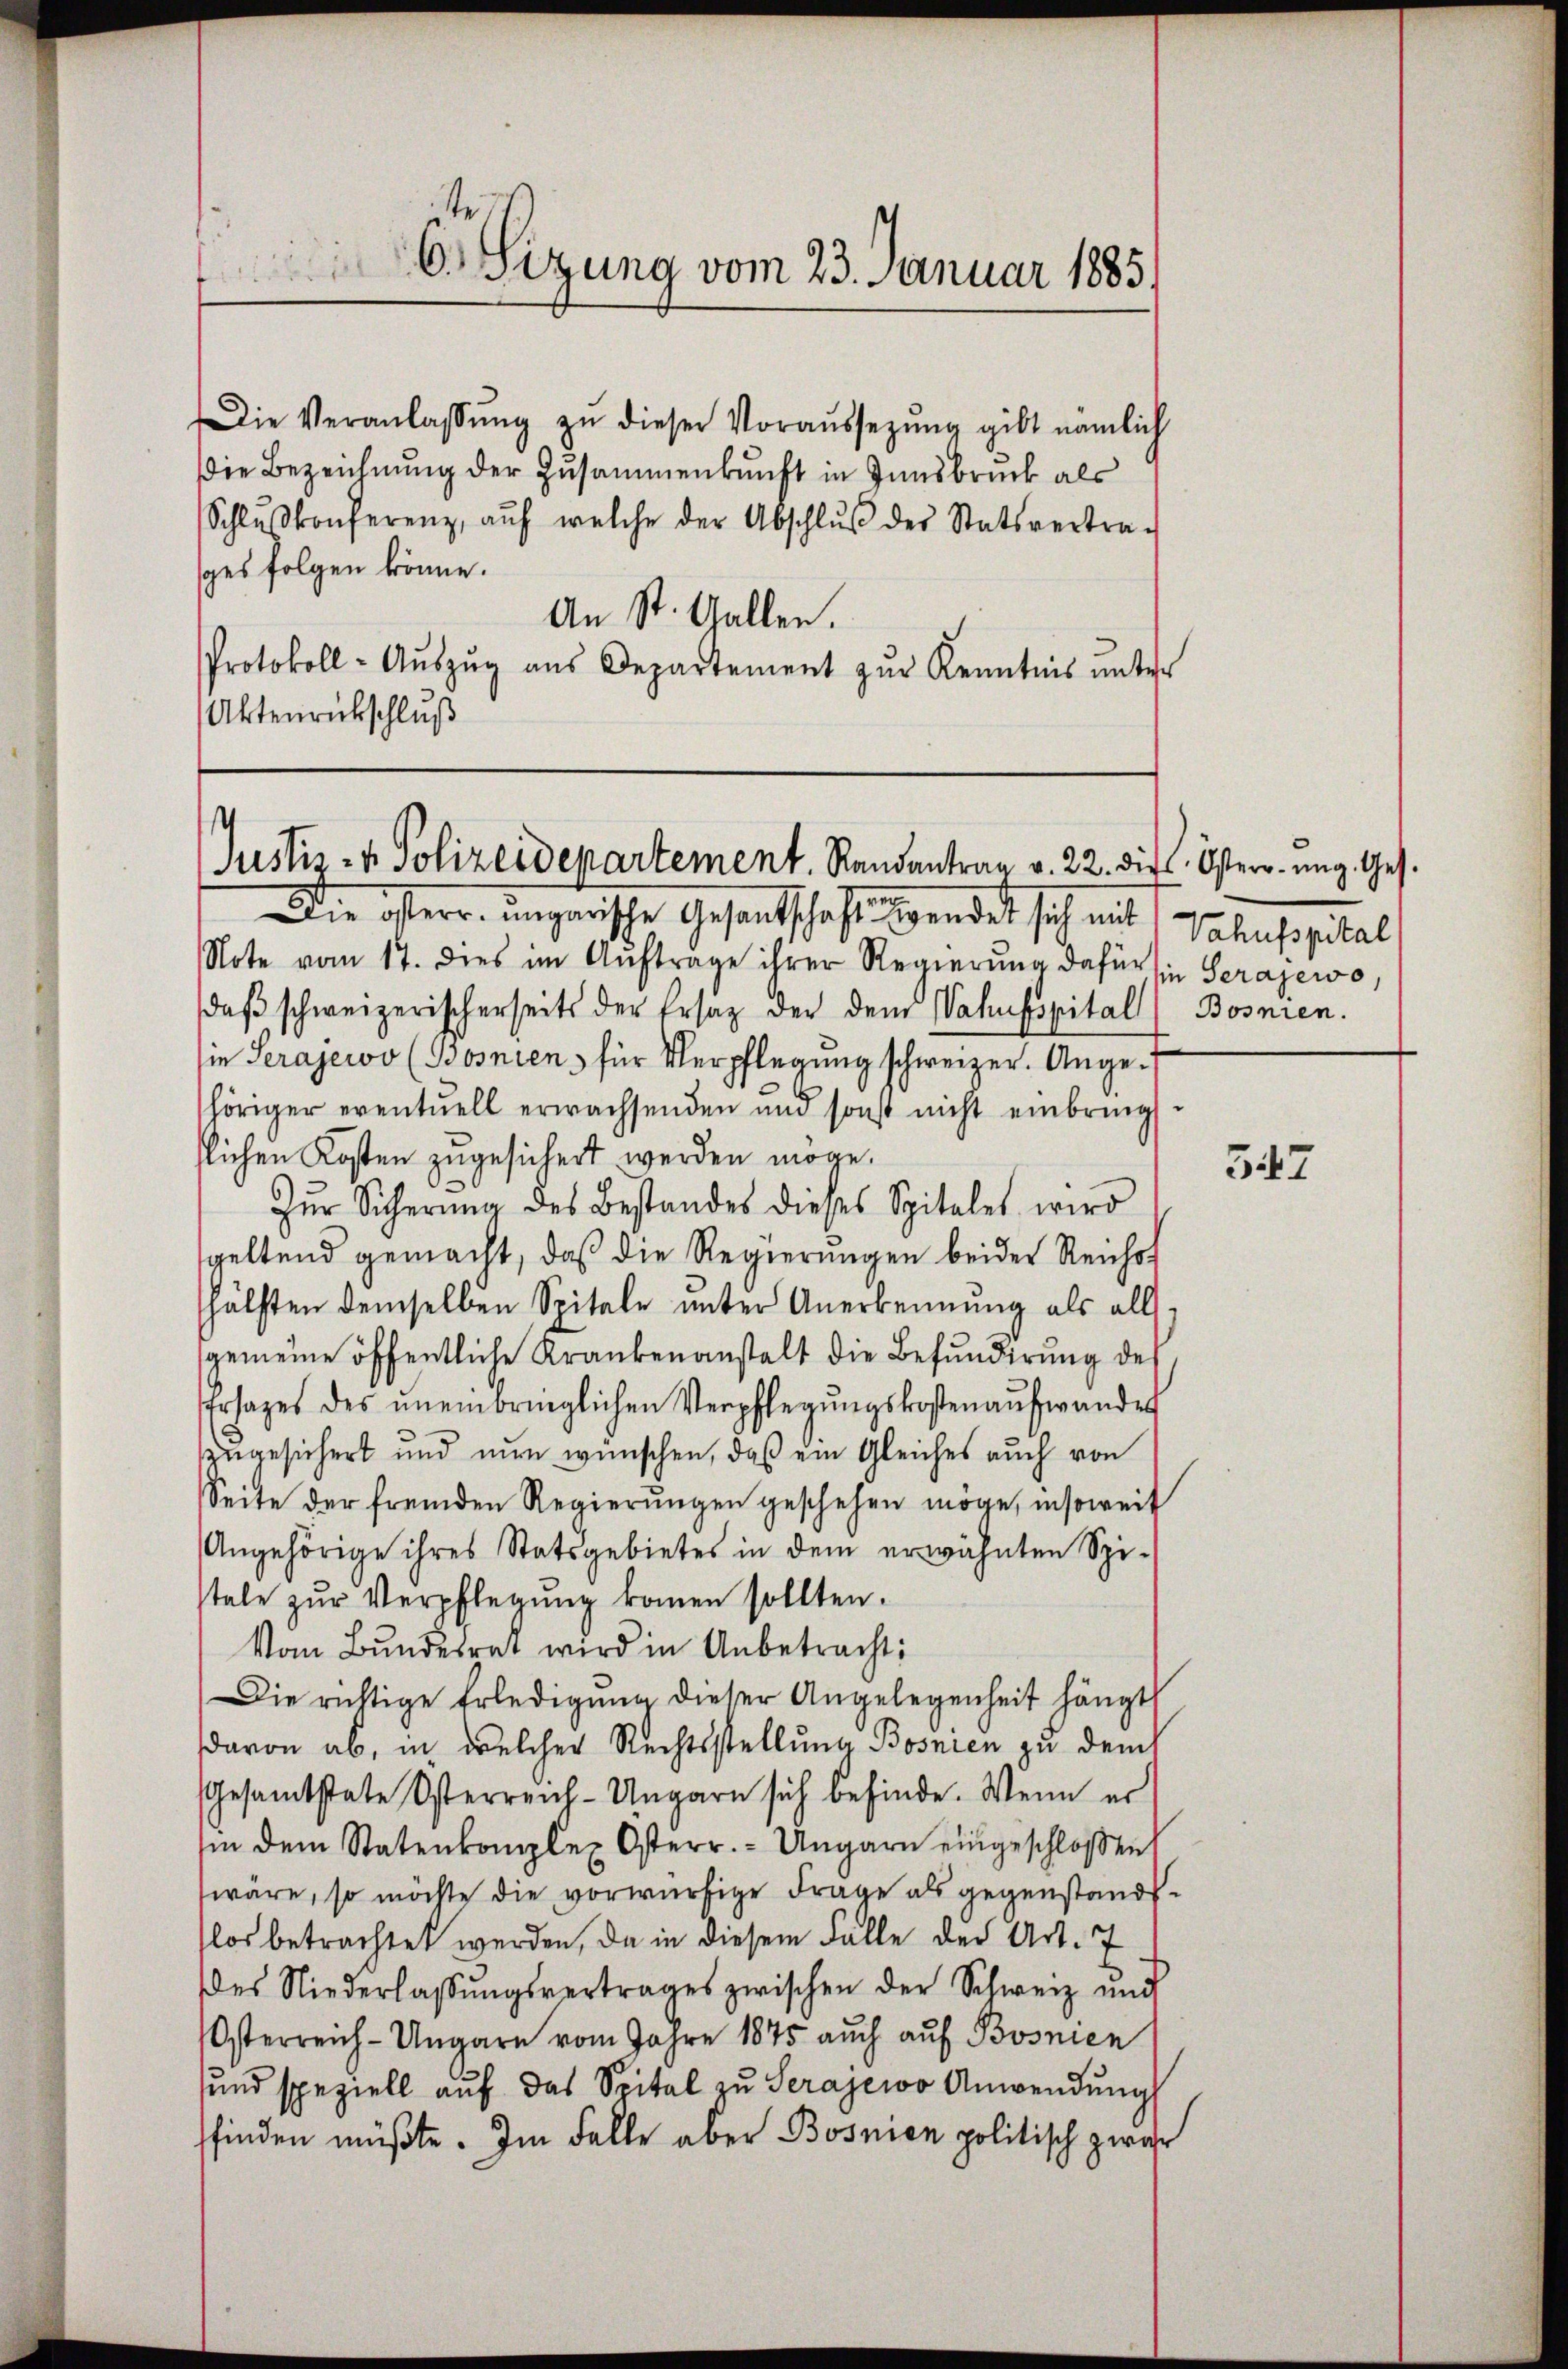
Die Veranlassŭng zŭ dieser Voraŭssezŭng gibt nämlich
Die Bezeichnung der Zusammenkunft in Innsbruck als
Schlŭβkonferenz, aŭf welche der Abschlŭβ des Statsvertra-
sces folgen könne.
An St. Gallen.
Protokoll-Aŭszŭg aŭs Departement zŭr Kenntnis ŭnter
Aktenrückschluß

6. Sitzung vom 23. Januar 1885

Justiz- & Polizeidepartement. Randantrag v. 22. die Osterr. ung. Ges.

Die österr. ungarische Gesandtschaftswendet sich mit Schusspital
Note vom 17. dies im Aŭftrage ihrer Regierŭng dafür sie Serajewo,
daβ schweizerischerseits der Ersatz der dem Wahnsspital Bosnien.
sie Serajevo (Bosnien für Verpflegŭng schweizer. Angehöriger eventuell erwachsenden und sonst nicht einbrings.
slichen Kosten zugesichert werden möge.
-
Zŭr Sicherŭng des Bestandes dieses Spitales wird
geltend gemacht, daß die Regierungen beider Reichst
hälsten demselben Spitale unter Anerkennung als all
gemeine öffentliche Krankenanstalt die Befunderŭng des
Ersages des ŭneinbringlichen Verpflegŭngskostenaufwandes
zugesichert und nun wünschen, daß ein Gleiches auch von
Seite der fremden Regierŭngen geschehen möge, insoweit
Angehörige ihres Statsgebietes in dem erwähnten Spi-
stale zŭr Verpflegŭng kommen sollten.
Vom Bundesrat wird in Anbetracht:
Die richtige Erledigŭng dieser Angelegenheit hängt
davon ab, in welcher Rechtsstellung Bosnien zu demch
Gesamtstate Osterreich-Ungarn sich befinde. Wenn er
sin dem Statenkomplex Osterr. - Ungarn eingeschloßen
wäre, so möchte die vorwürfige Frage als gegenstandtlos betrachtet werden, da in diesem Falle der Art. 7
des Niederlassŭngsvertrages zwischen der Schweiz und
Osterreich-Ungarn vom Jahre 1875 auch auf Bosnien
und speziell auf das Spital zu Serajewo Anwendung
sfinden müßte. Im Falle aber Bosnien politisch zwar

347